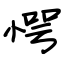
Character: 愕